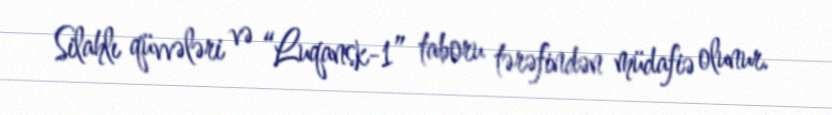
Silahlı qüvvələri və “Luqansk-1” taboru tərəfindən müdafiə olunur.